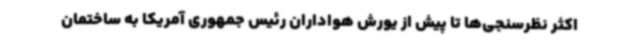
اکثر نظرسنجی‌ها تا پیش از یورش هواداران رئیس جمهوری آمریکا به ساختمان